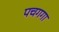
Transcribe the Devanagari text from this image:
पचगगा